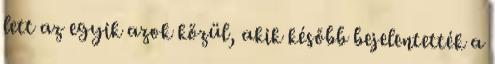
lett az egyik azok közül, akik később bejelentették a